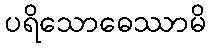
ပရိသောဓေဿာမိ